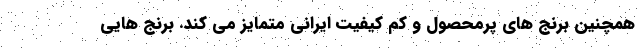
همچنین برنج های پرمحصول و کم کیفیت ایرانی متمایز می کند. برنج هایی